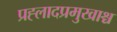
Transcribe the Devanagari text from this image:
प्रह्लादप्रमुखाश्च